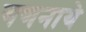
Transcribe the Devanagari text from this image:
गणनाये